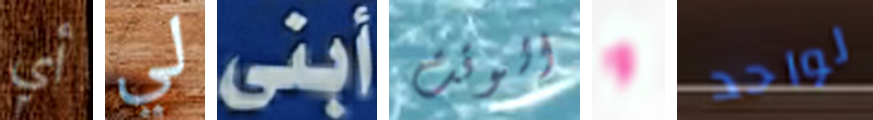
أي لي أبنى الوقت و لواحد